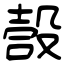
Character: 嗀